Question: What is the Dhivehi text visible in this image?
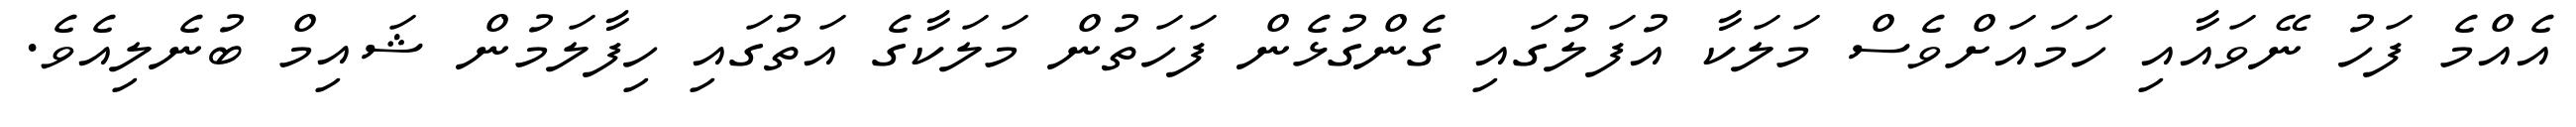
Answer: އެއްމެ ފަހު ނޭވައާއި ހަމައަށްވެސް މަލަކާ އުފަލުގައި ގެންގުޅެން ފަހަތުން މަލަކާގެ އަތުގައި ހިފާލަމުން ޝައިމް ބުނެލިއެވެ.